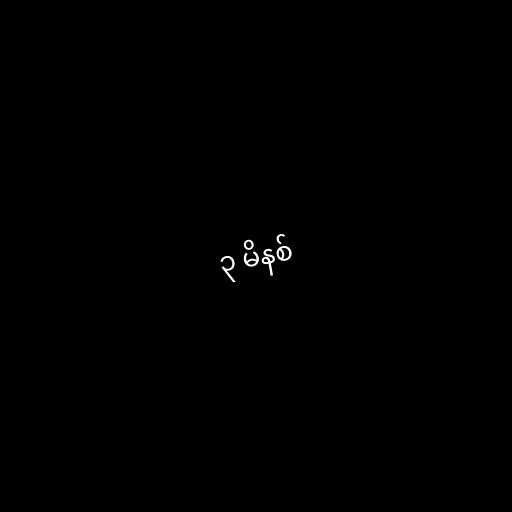
၃ မိနစ်